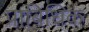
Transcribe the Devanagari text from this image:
प्राबिधिक